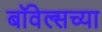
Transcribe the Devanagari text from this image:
बॉवेल्सच्या